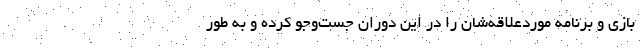
بازی و برنامه موردعلاقه‌شان را در این دوران جست‌وجو کرده‌ و به طور